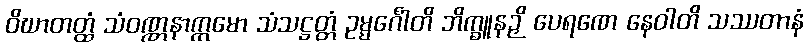
ဝိဃာတတ္ထံ သံဝဏ္ဏနာက္ကမော သံသဋ္ဌတ္တံ ဥမ္မင်္ဂေါတိ ဘိက္ခူနဉှိ ပေရဏေ နေဝါတိ သဿတာနံ